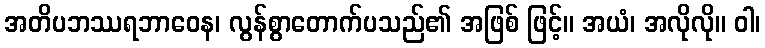
အတိပဘဿရဘာဝေန၊ လွန်စွာတောက်ပသည်၏ အဖြစ် ဖြင့်။ အယံ၊ အလိုလို။ ဝါ၊